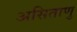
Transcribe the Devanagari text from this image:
असिताणु